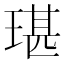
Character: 㻣